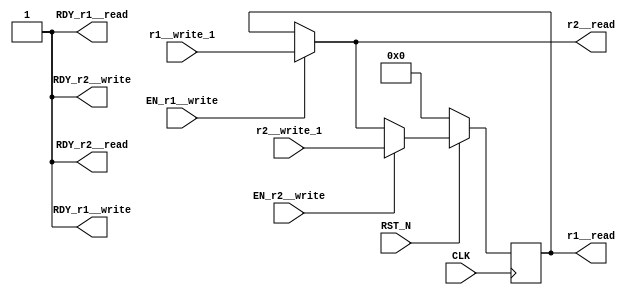
//
// Generated by Bluespec Compiler, version 2023.01 (build 52adafa5)
//
// timestamp removed
//
// BVI format method schedule info:
// schedule r1__write  CF ( r1__read );
// schedule r1__write  SBR ( r2__write, r2__read );
// schedule r1__write  C ( r1__write );
//
// schedule r1__read  CF ( r1__write, r1__read, r2__write, r2__read );
//
// schedule r2__write  CF ( r1__read, r2__read );
// schedule r2__write  C ( r2__write );
//
// schedule r2__read  CF ( r1__read, r2__write, r2__read );
//
//
// Ports:
// Name                         I/O  size props
// RDY_r1__write                  O     1 const
// r1__read                       O    32 reg
// RDY_r1__read                   O     1 const
// RDY_r2__write                  O     1 const
// r2__read                       O    32
// RDY_r2__read                   O     1 const
// CLK                            I     1 clock
// RST_N                          I     1 reset
// r1__write_1                    I    32
// r2__write_1                    I    32
// EN_r1__write                   I     1
// EN_r2__write                   I     1
//
// Combinational paths from inputs to outputs:
//   (r1__write_1, EN_r1__write) -> r2__read
//
//

`ifdef BSV_ASSIGNMENT_DELAY
`else
  `define BSV_ASSIGNMENT_DELAY
`endif

`ifdef BSV_POSITIVE_RESET
  `define BSV_RESET_VALUE 1'b1
  `define BSV_RESET_EDGE posedge
`else
  `define BSV_RESET_VALUE 1'b0
  `define BSV_RESET_EDGE negedge
`endif

module mkEHR2BSV(CLK,
		 RST_N,

		 r1__write_1,
		 EN_r1__write,
		 RDY_r1__write,

		 r1__read,
		 RDY_r1__read,

		 r2__write_1,
		 EN_r2__write,
		 RDY_r2__write,

		 r2__read,
		 RDY_r2__read);
  input  CLK;
  input  RST_N;

  // action method r1__write
  input  [31 : 0] r1__write_1;
  input  EN_r1__write;
  output RDY_r1__write;

  // value method r1__read
  output [31 : 0] r1__read;
  output RDY_r1__read;

  // action method r2__write
  input  [31 : 0] r2__write_1;
  input  EN_r2__write;
  output RDY_r2__write;

  // value method r2__read
  output [31 : 0] r2__read;
  output RDY_r2__read;

  // signals for module outputs
  wire [31 : 0] r1__read, r2__read;
  wire RDY_r1__read, RDY_r1__write, RDY_r2__read, RDY_r2__write;

  // register ehr_r
  reg [31 : 0] ehr_r;
  wire [31 : 0] ehr_r_D_IN;
  wire ehr_r_EN;

  // remaining internal signals
  wire [31 : 0] def__h514;

  // action method r1__write
  assign RDY_r1__write = 1'd1 ;

  // value method r1__read
  assign r1__read = ehr_r ;
  assign RDY_r1__read = 1'd1 ;

  // action method r2__write
  assign RDY_r2__write = 1'd1 ;

  // value method r2__read
  assign r2__read = EN_r1__write ? r1__write_1 : ehr_r ;
  assign RDY_r2__read = 1'd1 ;

  // register ehr_r
  assign ehr_r_D_IN = EN_r2__write ? r2__write_1 : def__h514 ;
  assign ehr_r_EN = 1'd1 ;

  // remaining internal signals
  assign def__h514 = r2__read ;

  // handling of inlined registers

  always@(posedge CLK)
  begin
    if (RST_N == `BSV_RESET_VALUE)
      begin
        ehr_r <= `BSV_ASSIGNMENT_DELAY 32'd0;
      end
    else
      begin
        if (ehr_r_EN) ehr_r <= `BSV_ASSIGNMENT_DELAY ehr_r_D_IN;
      end
  end

  // synopsys translate_off
  `ifdef BSV_NO_INITIAL_BLOCKS
  `else // not BSV_NO_INITIAL_BLOCKS
  initial
  begin
    ehr_r = 32'hAAAAAAAA;
  end
  `endif // BSV_NO_INITIAL_BLOCKS
  // synopsys translate_on
endmodule  // mkEHR2BSV